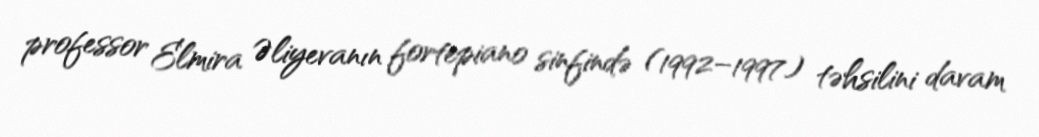
professor Elmira Əliyevanın fortepiano sinfində (1992–1997) təhsilini davam